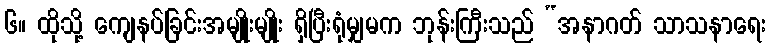
၆။ ထိုသို့ ကျေနပ်ခြင်းအမျိုးမျိုး ရှိပြီးရုံမျှမက ဘုန်းကြီးသည် “အနာဂတ် သာသနာရေး